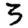
Digit: 3